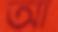
আ